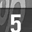
Digit: 5